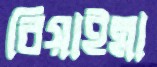
বিয়াইন্না